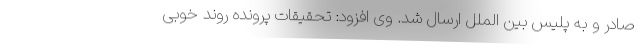
صادر و به پلیس بین الملل ارسال شد. وی افزود: تحقیقات پرونده روند خوبی